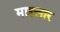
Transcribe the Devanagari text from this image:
माइलार